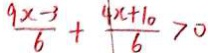
\frac { 9 x - 3 } { 6 } + \frac { 4 x + 1 0 } { 6 } > 0